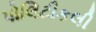
પોલિટીકલી